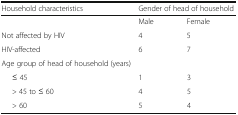
<table><thead><tr><td><b>Household characteristics</b></td><td colspan="2"><b>Gender of head of household</b></td></tr></thead><tbody><tr><td></td><td>Male</td><td>Female</td></tr><tr><td>Not affected by HIV</td><td>4</td><td>5</td></tr><tr><td>HIV-affected</td><td>6</td><td>7</td></tr><tr><td>Age group of head of household (years)</td><td></td><td></td></tr><tr><td>≤ 45</td><td>1</td><td>3</td></tr><tr><td>&gt; 45 to ≤ 60</td><td>4</td><td>5</td></tr><tr><td>&gt; 60</td><td>5</td><td>4</td></tr></tbody></table>